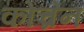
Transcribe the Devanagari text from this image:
कोच्रेन